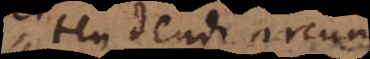
tendendi arcum